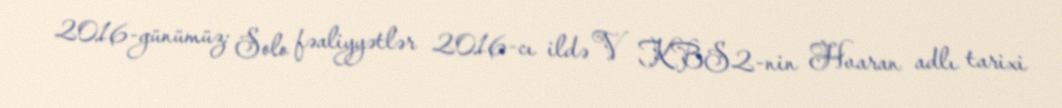
2016-günümüz: Solo fəaliyyətlər 2016-cı ildə V KBS2-nin Hvaran adlı tarixi